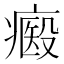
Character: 㿄